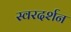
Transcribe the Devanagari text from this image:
स्वरदर्शन